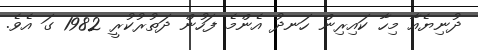
ދުނިޔެއާ މިހާ ކައިރިން ހަނދު އެންމެ ފަހުން ދަތުރުކުރީ 1982 ގަ އެވެ.